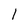
Character: 1